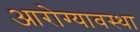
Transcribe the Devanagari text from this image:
आरोग्यावस्था